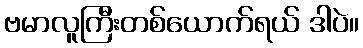
ဗမာလူကြီးတစ်ယောက်ရယ် ဒါပဲ။